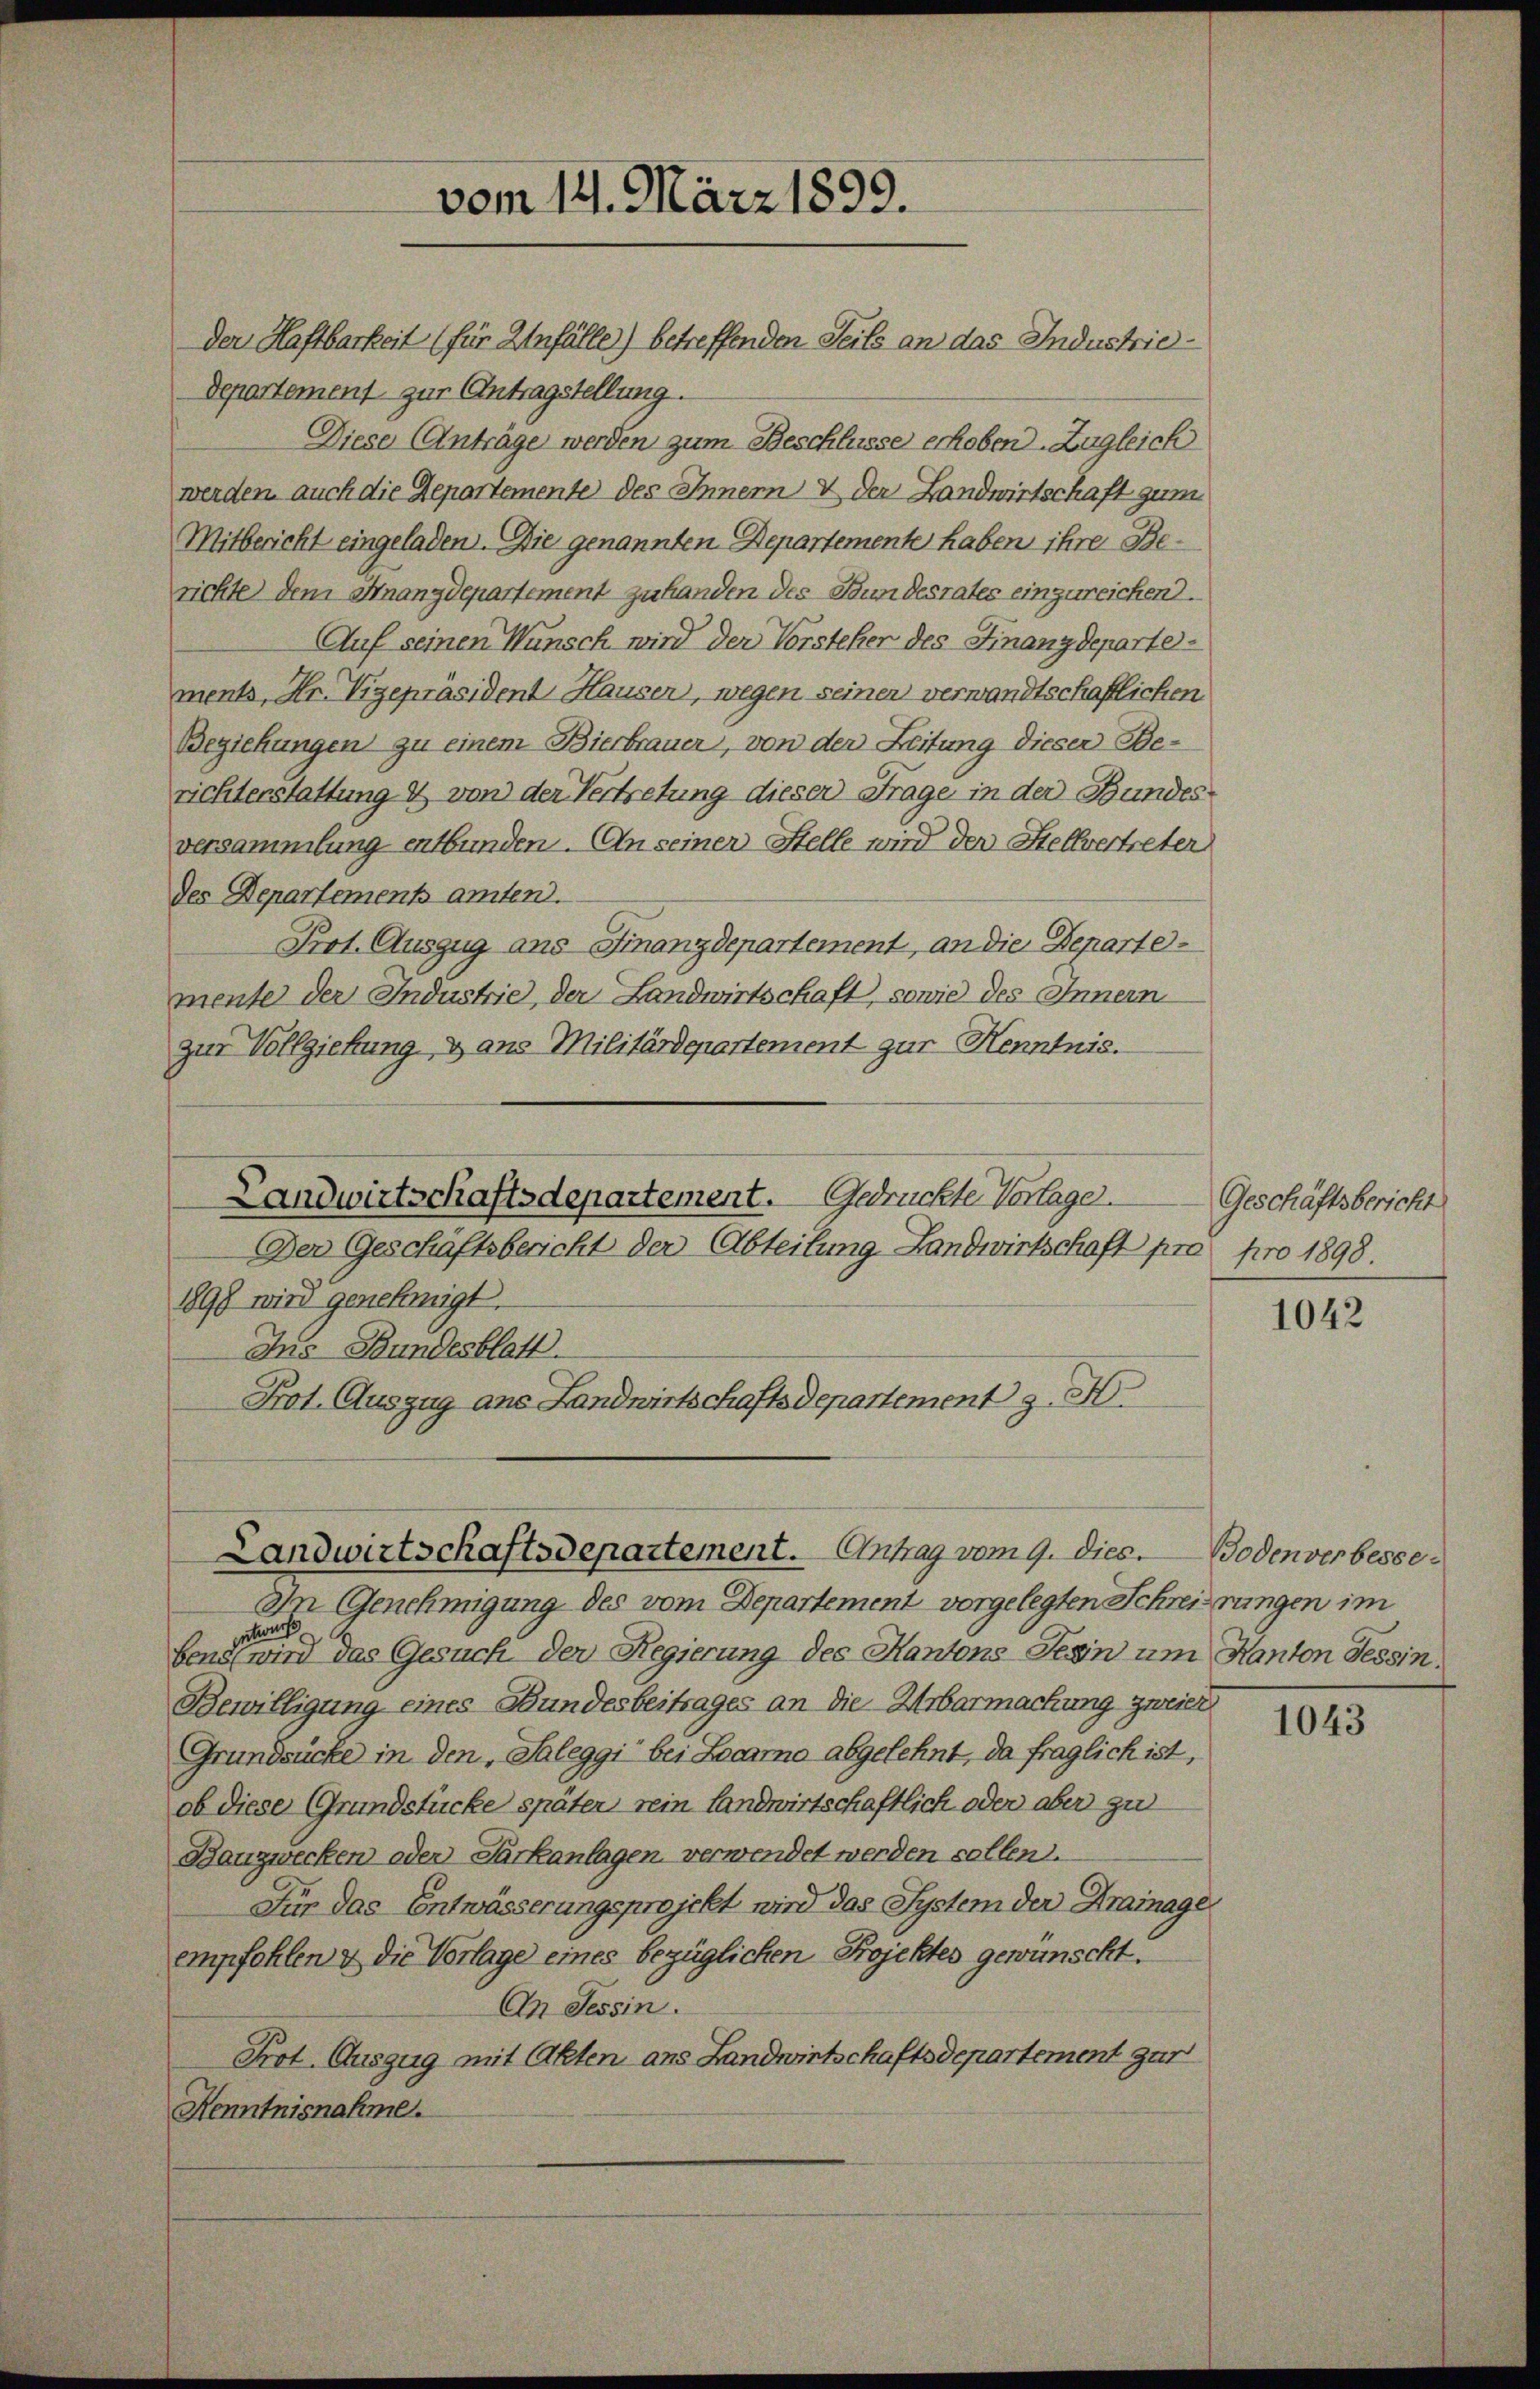
Der Haftbarkeit (für Anfälle) betreffenden Seits an das Industrie¬
Departement zur Antragstellung.
Diese Anträge werden zum Beschlüsse erhoben. Zugleich
werden auch die Repartemente des Innern & der Landwirtschaft zum
Mitbericht eingeladen. Die genannten Departemente haben ihre Berichte) dem Hnanzdepartement zu handen des Bundesrates einzureichend.
Auf seinen Wunsch wird der Vorsteher des Finanzdepartements, Hr. Vizepräsident Hausen, wegen seinen verwandtschaftlichen
Beziehungen zu einem Bierbrauer, von der Zeitung dieser Be-
richterstattung & von der Vertretung dieser Frage in der Bundes
versammlung entbunden. An seiner Stelle wird den Stellvertreter
des Departements amten.
Prot. Auszug aus Finanzdepartement, an die Departemente der Industrie, der Landwirtschaft, sowie des Innern
zur Vollziehung & ans Militärdepartement zur Kenntnis.
Der Geschäftsbericht der Abteilung Landwirtschaft pro pro 1898.
1898 wird genehmigt.
Ins Bundesblatt.
Prot. Auszug ans Landwirtschaftsdepartement J. H.
Landwirtschaftsdepartement. Antrag vom 9. dies. Bodenverbesse¬
In Genehmigung des vom Departement vorgelegten Schreierungen im
ntons
bens, wird das Gesuch der Regierung des Kantons Seen um Kanton Tessin.
Bewilligung eines Bundesbeitrages an die Urbarmachung zweier
Grundsücke in den Saleggi bei Locarno abgelehnt, da fraglich ist,
ob diese Grundstücke später rein Landwirtschaftlich oder aber zu
Bauzwecken oder Sarkanlagen, verwendet werden sollen.
Für das Entwässerungsprojekt wird das System der Krainage
empfohlen & die Vorlage eines bezüglichen Projektes gewünscht.
An Tessin.
Prot. Auszug mit Akten ans Landwirtschaftsdepartement zur
Kenntnisnahme.

vom 14. März 1899.

Landwirtschaftsdepartement. Gedrückte Vorlage

Geschäftsbericht

1042

1043